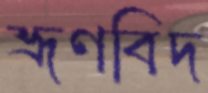
ভ্রূণবিদ